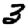
Digit: 3